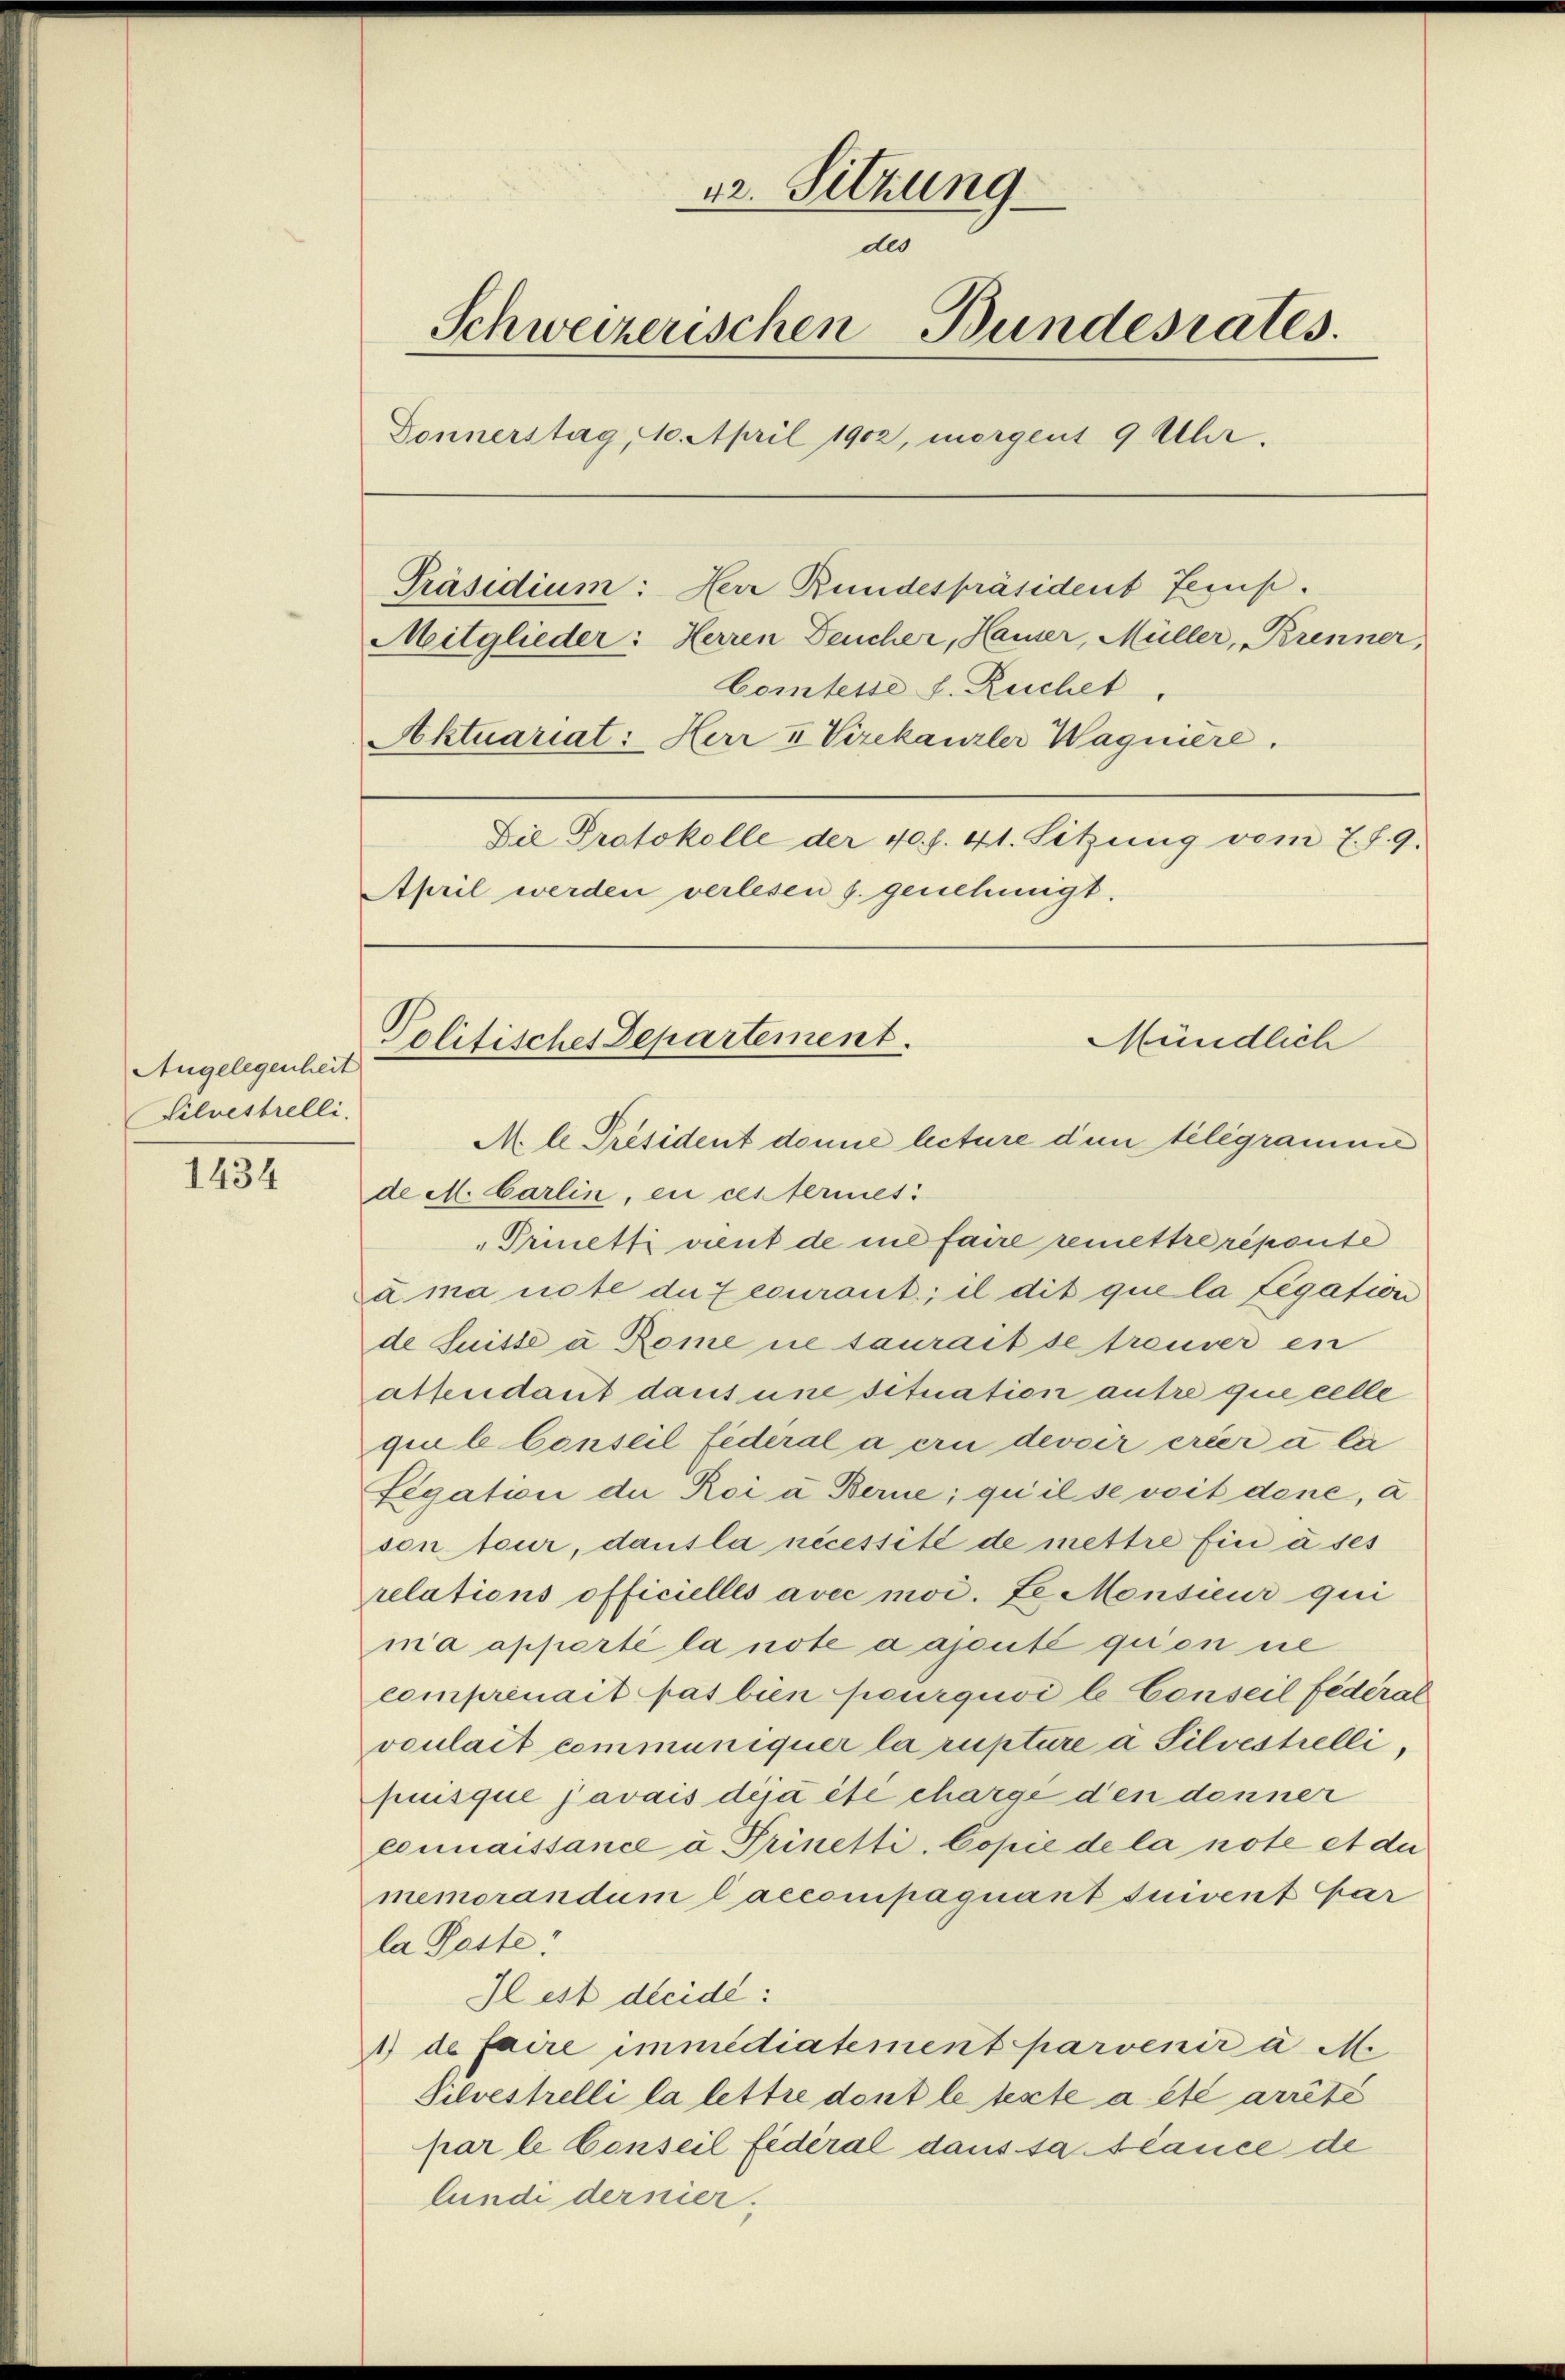
Angelegenheit
Silvestelli

1434

ur. Sitzung
des
Schweizerischen Bundesrates.
Donnerstag, 10. April 1902, morgent 9 Uhr.
Präsidium: Herr Rundespräsident Jesus.
Mitglieder: Herren Deucher, Hauser, Müller, Brenner,
Comtesse s. Ruchet,
Aktuariat: Herr u Vizekanzler Wagniere.
Die Protokolle der 40 f. 41. Sitzung vom 7. f. 9.
April werden verlesen s. genehmigt.

de M. Carlin, ein cesterines
Prinetti vient de me faire remettre réponte
à ma note du recurant; il dit que la Legation
de Suisse u Rome ne saurack se treuver en
atsendant dans une situation autre que celle
qui le Conseil federal a eu devoir erier a lie
Legation der Roi à Berne, qu’il se voit dene, a
son teur, dausla nécessité de mettre Ein à ses
relations officielles avec moi. Le Monsieur qui
ma apporté la note a ajoutée qui on ne
comprenait pas bien pourquoi le Conseil Federat
voulait communiquer la rupture a Silvestelli,
puisque javais deja été charge den denner
econnaissance à Prinetti, Copie de la note et die
memorandum l accompaquant suivent Char
la Poste
Il est dreide:
1) de faire immédiatement parvenir a M.
Silvestelli la lettre dont le texte a été arrête
par le Conseil fédéral dans sa cance de
lunde dernier.

Politisches Departement.
Mündlich
M. le Président donne beture dem telegramme